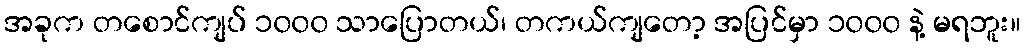
အခုက တစောင်ကျပ် ၁၀၀၀ သာပြောတယ်၊ တကယ်ကျတော့ အပြင်မှာ ၁၀၀၀ နဲ့ မရဘူး။